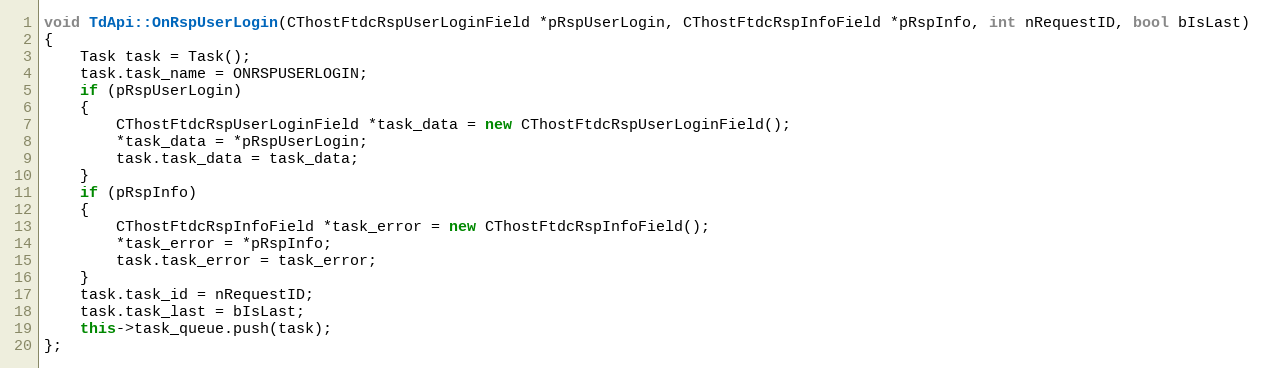
Language: C++
void TdApi::OnRspUserLogin(CThostFtdcRspUserLoginField *pRspUserLogin, CThostFtdcRspInfoField *pRspInfo, int nRequestID, bool bIsLast)
{
	Task task = Task();
	task.task_name = ONRSPUSERLOGIN;
	if (pRspUserLogin)
	{
		CThostFtdcRspUserLoginField *task_data = new CThostFtdcRspUserLoginField();
		*task_data = *pRspUserLogin;
		task.task_data = task_data;
	}
	if (pRspInfo)
	{
		CThostFtdcRspInfoField *task_error = new CThostFtdcRspInfoField();
		*task_error = *pRspInfo;
		task.task_error = task_error;
	}
	task.task_id = nRequestID;
	task.task_last = bIsLast;
	this->task_queue.push(task);
};